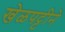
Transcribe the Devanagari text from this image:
खेळपट्टीने